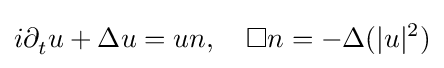
\displaystyle i\partial _{t}^{}u+\Delta u=un,\quad \displaystyle \Box n=-\Delta (|u|_{}^{2})